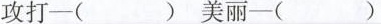
攻打-(_)美丽-( )